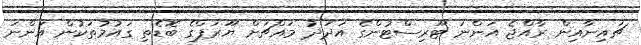
ޗައިނާއިން ރާއްޖެ އަންނަ ޓޫރިސްޓުންގެ އަދަދު މައްޗަށް ޔޫރަޕްގެ ބޮޑެތި ގައުމުތަކުން އަންނަ